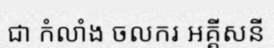
ជា កំលាំង ចលករ អគ្គីសនី